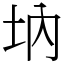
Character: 㘨